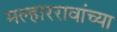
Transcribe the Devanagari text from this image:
मल्हाररावांच्या